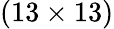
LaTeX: (13\times 13)